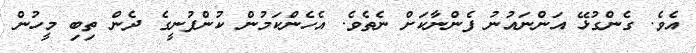
އެވެ. ގެންގުޅޭ އަންނައުނު ފެންނާކަށް ނެތެވެ. އެހެންކަމުން ކުންފުނީގެ ދެން ތިބި މީހުން